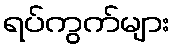
ရပ်ကွက်များ